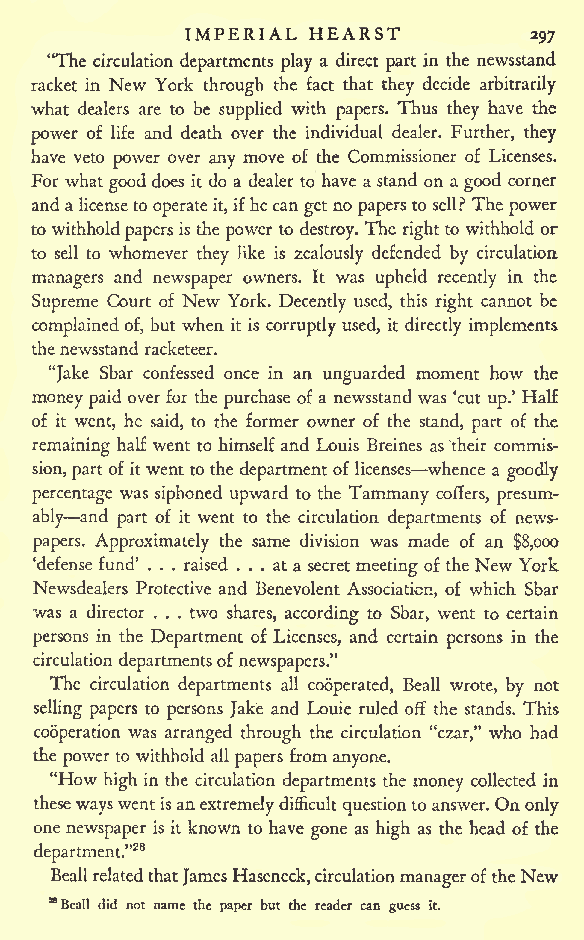
IMPERIAL HEARST
 297
 "The circulation departments play a direct part in the newsstand
 racket in New York through the fact that they decide arbitrarily
 what dealers are to be supplied with papers. Thus they have the
 power of life and death over the individual dealer. Further, they
 have veto power over any move of the Commissioner of Licenses.
 For what good does it do a dealer to have a stand on a good corner
 anda licenseto operateit,ifhecan get no papersto sell? The power
 to withhold papersis the power to destroy. The right to withhold or
 to sell to whomever they like is zealously defended by circulation
 managers and newspaper owners. It was upheld recently in the
 Supreme Court of New York. Decently used, this right cannot be
 complained of, but when it is corruptly used, it directly implements
 thenewsstand racketeer.
 "Jake Sbar confessed once in an unguarded moment how the
 money paid overfor the purchase of a newsstand was 'cut up.' Half
 of it went, he said, to the former owner of the stand, part of the
 remaining half went to himself and Louis Breines as their commis-
 sion,part of itwent to the departmentof licenses whence a goodly
 percentage was siphoned upward to the Tammany coffers, presum-
 ably and part of it went to the circulation departments of news-
 papers. Approximately the same division was made of an $8,000
 'defense fund' . . . raised ... at a secret meeting of the New York
 Newsdealers Protective and Benevolent Association, of which Sbar
 was a director . . . two shares, according to Sbar, went to certain
 persons in the Department of Licenses, and certain persons in the
 circulation departmentsof newspapers."
 The circulation departments all cooperated, Beall wrote, by not
 selling papers to persons Jake and Louie ruled off the stands. This
 cooperation was arranged through the circulation "czar," who had
 the powerto withhold all papers from anyone.
 "How
 high in the circulation departments the money collected in
 thesewayswentis an extremelydifficultquestionto answer. On only
 one newspaper is it known to have gone as high as the head of the
 28
 department."
 BeallrelatedthatJamesHaseneck,circulationmanageroftheNew
 a
 Bcall did not name the paper but the reader can guess it.